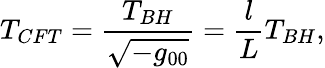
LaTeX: T_{CFT}=\frac{T_{BH}}{\sqrt{-g_{00}}}=\frac{l}{L}T_{BH},